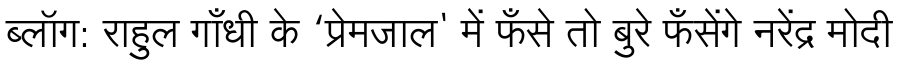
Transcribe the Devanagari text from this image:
ब्लॉग: राहुल गाँधी के ‘प्रेमजाल' में फँसे तो बुरे फँसेंगे नरेंद्र मोदी